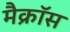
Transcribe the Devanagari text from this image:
मैक्रॉस